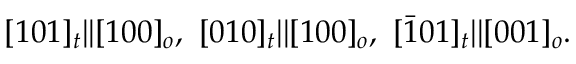
[ 1 0 1 ] _ { t } | | [ 1 0 0 ] _ { o } , \ [ 0 1 0 ] _ { t } | | [ 1 0 0 ] _ { o } , \ [ \bar { 1 } 0 1 ] _ { t } | | [ 0 0 1 ] _ { o } .